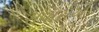
સવારીએ